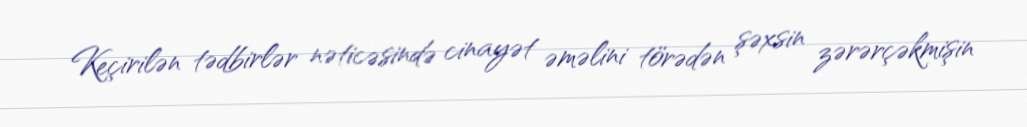
Keçirilən tədbirlər nəticəsində cinayət əməlini törədən şəxsin zərərçəkmişin